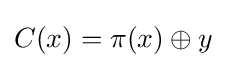
C(x)=\pi (x)\oplus y